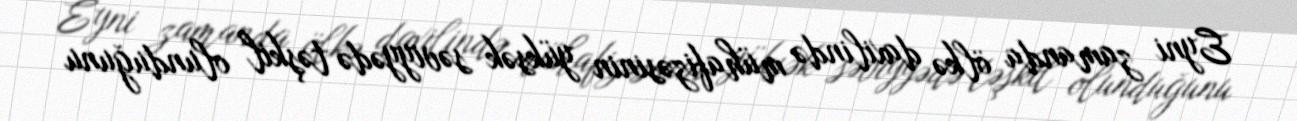
Eyni zamanda ölkə daxilində mühafizəsinin yüksək səviyyədə təşkil olunduğunu